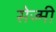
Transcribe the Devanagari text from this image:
सेज्मी